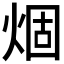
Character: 𤊎